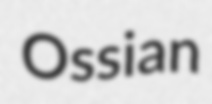
Ossian